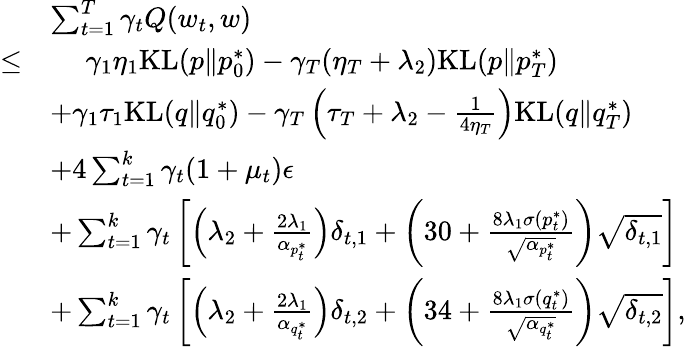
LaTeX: \begin{array}{rl}&{\sum_{t=1}^{T}\gamma_{t}Q(w_{t},w)}\\ {\leq}&{\ \ \ \ \ \gamma_{1}\eta_{1}\mathrm{KL}(p\| p_{0}^{*})-\gamma_{T}(\eta_{T}+\lambda_{2})\mathrm{KL}(p\| p_{T}^{*})}\\ &{+\gamma_{1}\tau_{1}\mathrm{KL}(q\| q_{0}^{*})-\gamma_{T}\left(\tau_{T}+\lambda_{2}-\frac{1}{4\eta_{T}}\right)\mathrm{KL}(q\| q_{T}^{*})}\\ &{+4\sum_{t=1}^{k}\gamma_{t}(1+\mu_{t})\epsilon}\\ &{+\sum_{t=1}^{k}\gamma_{t}\left[\left(\lambda_{2}+\frac{2\lambda_{1}}{\alpha_{p_{t}^{*}}}\right)\delta_{t,1}+\left(30+\frac{8\lambda_{1}\sigma(p_{t}^{*})}{\sqrt{\alpha_{p_{t}^{*}}}}\right)\sqrt{\delta_{t,1}}\right]}\\ &{+\sum_{t=1}^{k}\gamma_{t}\left[\left(\lambda_{2}+\frac{2\lambda_{1}}{\alpha_{q_{t}^{*}}}\right)\delta_{t,2}+\left(34+\frac{8\lambda_{1}\sigma(q_{t}^{*})}{\sqrt{\alpha_{q_{t}^{*}}}}\right)\sqrt{\delta_{t,2}}\right],}\end{array}